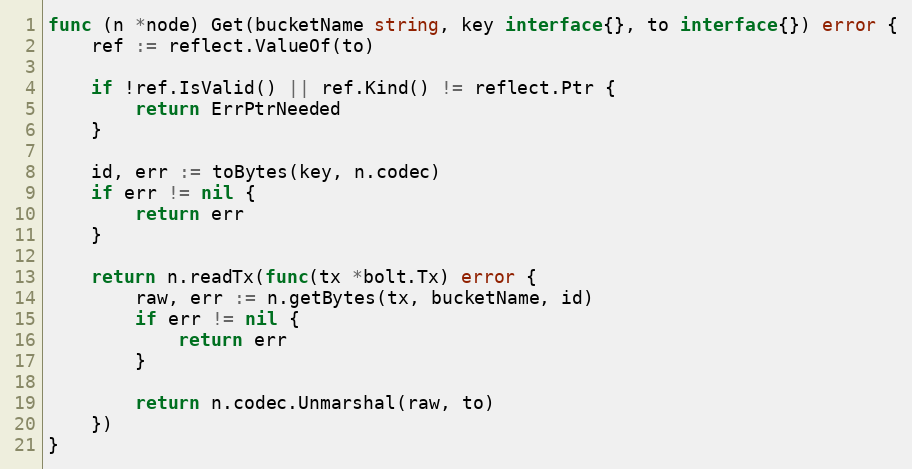
Language: Go
func (n *node) Get(bucketName string, key interface{}, to interface{}) error {
	ref := reflect.ValueOf(to)

	if !ref.IsValid() || ref.Kind() != reflect.Ptr {
		return ErrPtrNeeded
	}

	id, err := toBytes(key, n.codec)
	if err != nil {
		return err
	}

	return n.readTx(func(tx *bolt.Tx) error {
		raw, err := n.getBytes(tx, bucketName, id)
		if err != nil {
			return err
		}

		return n.codec.Unmarshal(raw, to)
	})
}